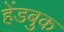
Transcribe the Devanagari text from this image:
हेंडबुक